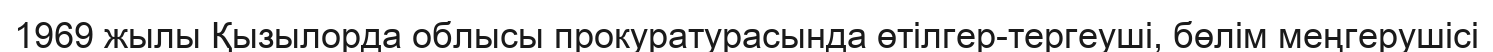
1969 жылы Қызылорда облысы прокуратурасында өтілгер-тергеуші, бөлім меңгерушісі